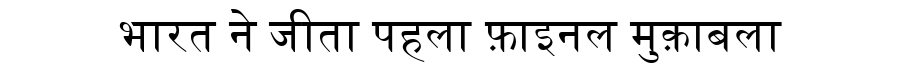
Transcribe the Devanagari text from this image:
भारत ने जीता पहला फ़ाइनल मुक़ाबला